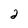
Character: 2